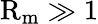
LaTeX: \mathrm{R}_{\mathrm{m}}\gg 1